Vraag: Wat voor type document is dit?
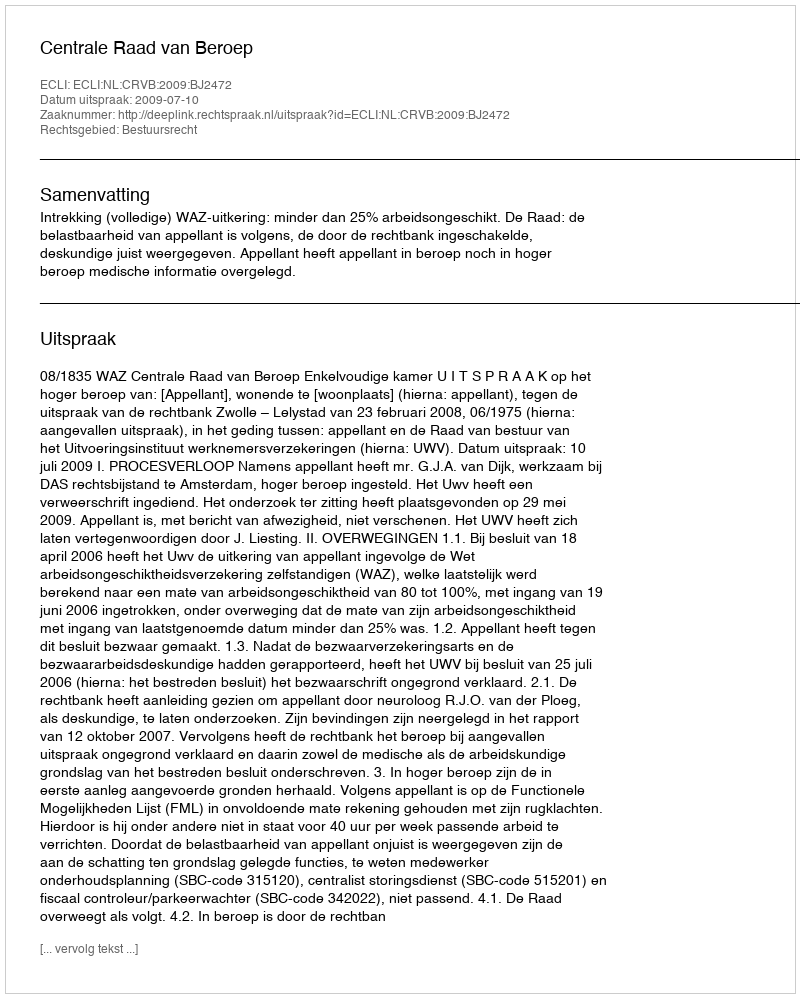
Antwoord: Uitspraak